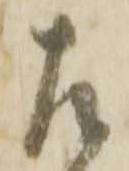
左